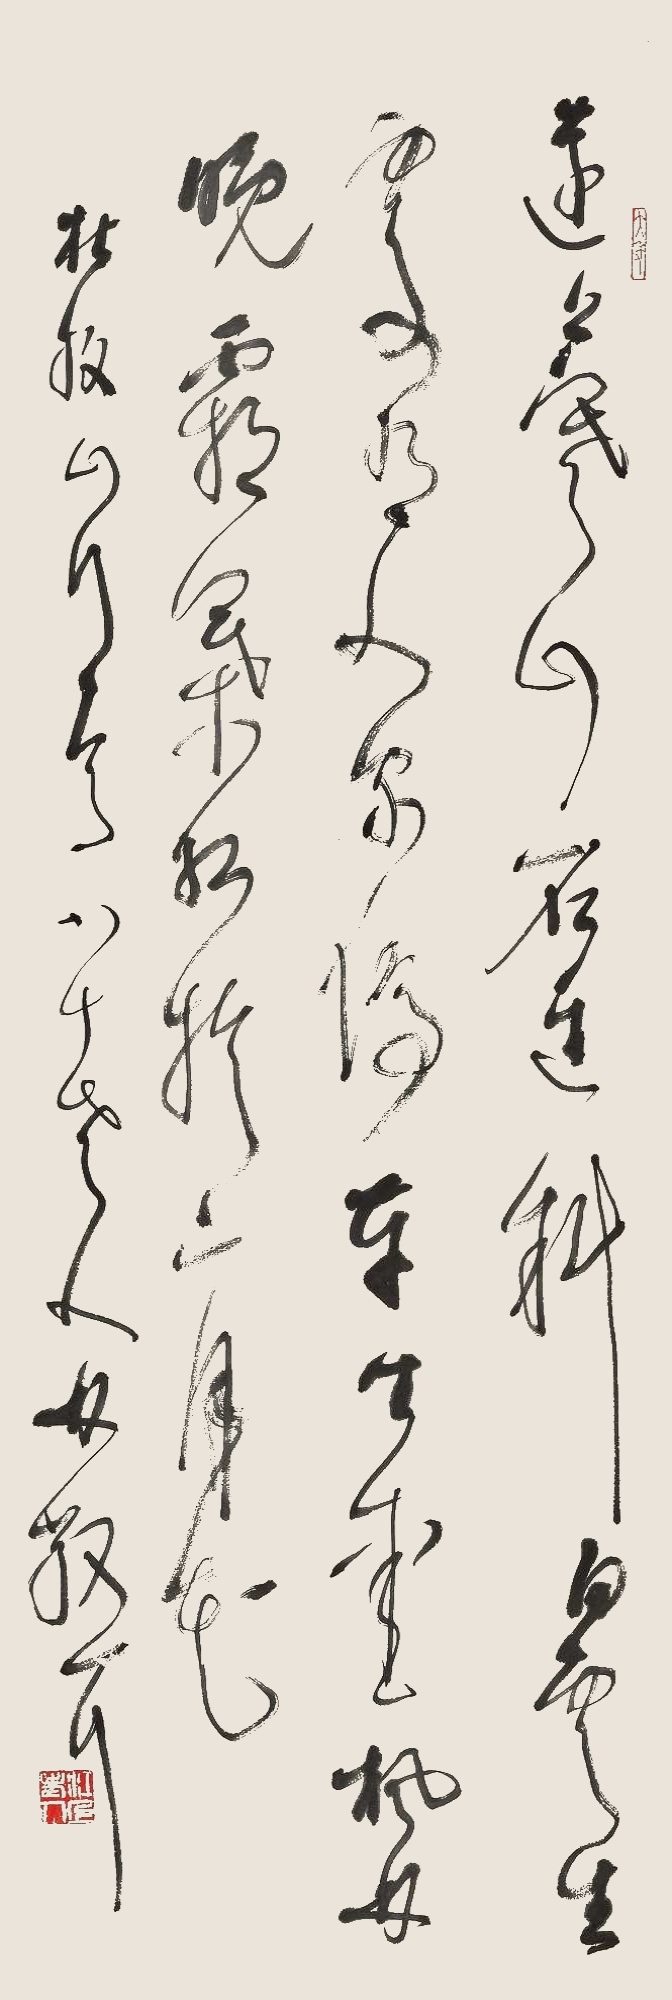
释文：远上寒山石径斜，白云生处有人家。停车坐爱枫林晚，霜叶红于二月花。杜牧《山行》一首。八十老人林散耳。